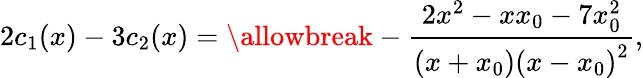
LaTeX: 2c_{1}(x)-3c_{2}(x)=\allowbreak-\frac{2x^{2}-xx_{0}-7x_{0}^{2}}{\left(x+x_{0}\right)\left(x-x_{0}\right)^{2}},